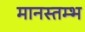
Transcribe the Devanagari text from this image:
मानस्तम्भ